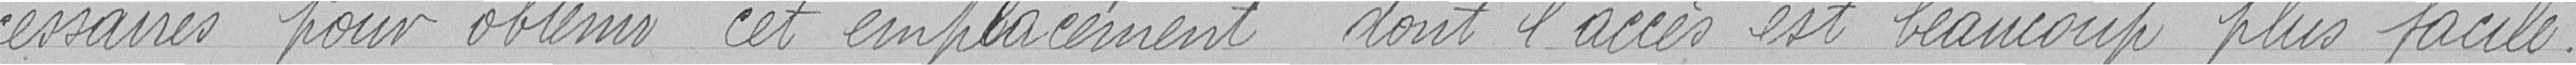
cessaires pour obtenir cet emplacement dont l'accès est beaucoup plus facile.